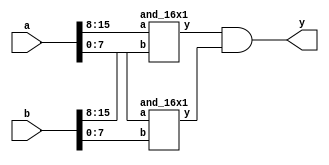
// input: a[15:0], b[15:0]
// output: y as 1-bit binary
module and_32x1(
	input [15:0] a , b,
	output y
);
wire [1:0] s;
// instace of and_8x1 
and_16x1 u1(.a(a[15:8]),.b(b[15:8]), .y(s[1]));
and_16x1 u2(.a(a[7:0]),.b(b[7:0]), .y(s[0]));
// interface: 16x1_and -> 32x1_and
and(y,s[1],s[0]);
endmodule

// input: a[7:0], b[7:0]
// output: y as 1-bit binary
module and_16x1(
	input [7:0] a , b,
	output y
);
wire [1:0] s;
// instace of and_8x1 
and_8x1 u1(.a(a[7:4]),.b(b[7:4]), .y(s[1]));
and_8x1 u2(.a(a[3:0]),.b(b[3:0]), .y(s[0]));
// interface: 4x1_and -> 8x1_and
and(y,s[1],s[0]);
endmodule	


// input: a[3:0], b[3:0] 
// output: y as 1-bit binary
module and_8x1(
	input [3:0] a , b,
	output y
);
wire [1:0] s; 
// instace of and_4x1 
and_4x1 u1(.a(a[3:2]),.b(b[3:2]), .y(s[1]));
and_4x1 u2(.a(a[1:0]),.b(b[1:0]), .y(s[0]));
// interface: 4x1_and -> 8x1_and
and(y,s[1],s[0]);
endmodule	

// input: a[1:0], b[1:0]
// output: y as 1-bit binary
module and_4x1(
	input [1:0] a , b,
	output y
);
wire [1:0] s; 
// interface 
and(s[1],a[1],b[1]);
and(s[0],a[0],b[0]);
and(y,s[1],s[0]);
endmodule